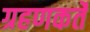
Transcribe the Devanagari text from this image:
ग्रहणकर्ते